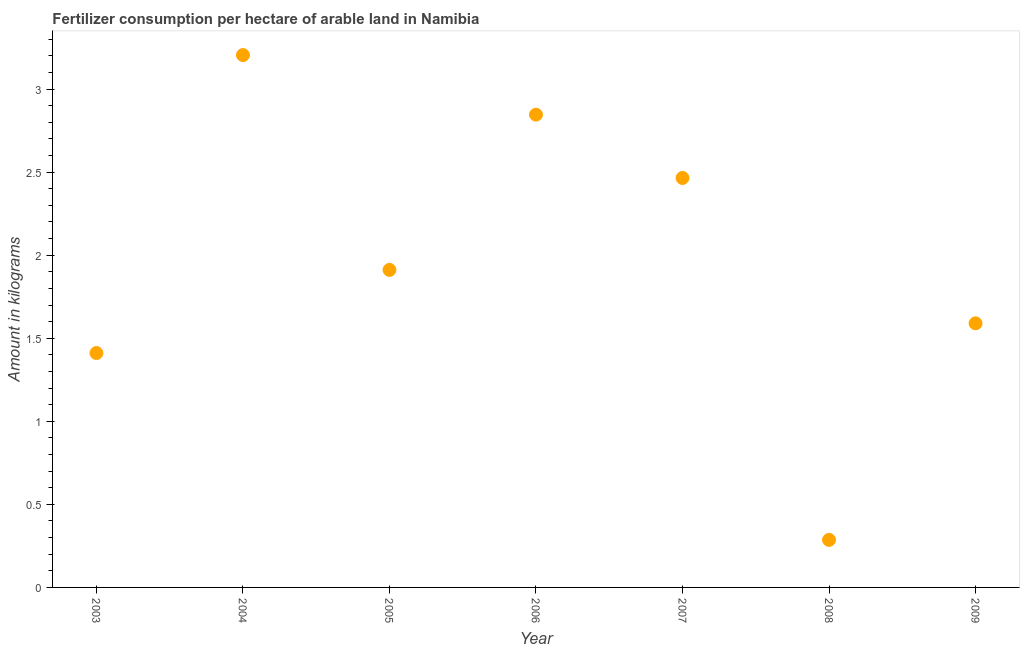
| Year | Fertilizer consumption |
 | --- | --- |
 | 2003 | 1.41 |
 | 2004 | 3.2 |
 | 2005 | 1.91 |
 | 2006 | 2.85 |
 | 2007 | 2.46 |
 | 2008 | 0.286 |
 | 2009 | 1.59 |